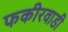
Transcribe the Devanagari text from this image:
फकीरवाडी